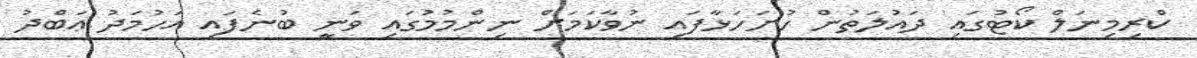
ކްރިމިނަލް ކޯޓުގައި ދައުލަތުން ހުށަހަޅާފައި ނުވާކަމަށް ނިންމުމުގައި ވަނީ ބުނެފައި އަހުމަދު ޢަބްދު